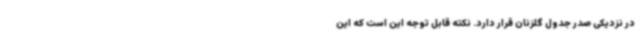
در نزدیکی صدر جدول گلزنان قرار دارد. نکته قابل توجه این است که این